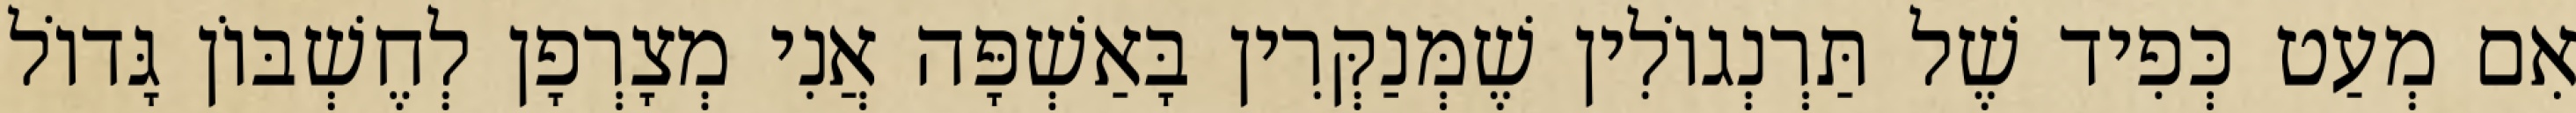
אִם מְעַט כְּפִיד שֶׁל תַּרְנְגוֹלִין שֶׁמְּנַקְּרִין בָּאַשְׁפָּה אֲנִי מְצָרְפָן לְחֶשְׁבּוֹן גָּדוֹל